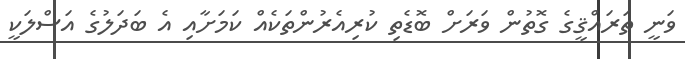
ވަނީ ތަރައްޤީގެ ގޮތުން ވަރަށް ބޮޑެތި ކުރިއެރުންތަކެއް ކަމަށާއި އެ ބަދަލުގެ އަސްލަކީ